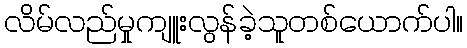
လိမ်လည်မှုကျူးလွန်ခဲ့သူတစ်ယောက်ပါ။